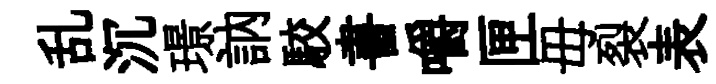
乱沉璟訥駮書嚼匣毋裂表